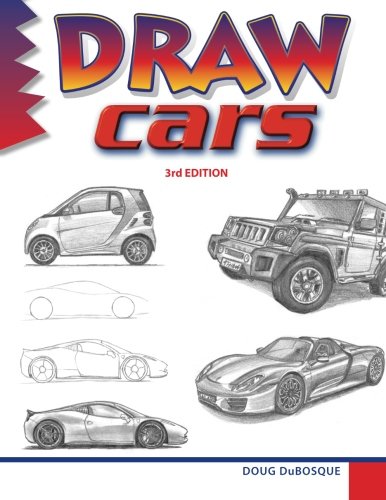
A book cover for Draw Cars; Doug DuBosque; Children's Books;